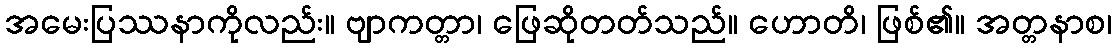
အမေးပြဿနာကိုလည်း။ ဗျာကတ္တာ၊ ဖြေဆိုတတ်သည်။ ဟောတိ၊ ဖြစ်၏။ အတ္တနာစ၊